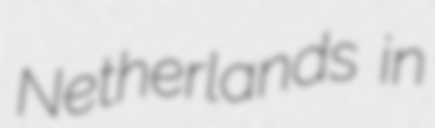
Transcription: Netherlands in